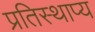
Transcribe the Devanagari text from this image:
प्रतिस्थाप्य